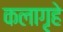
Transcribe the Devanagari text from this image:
कलागृहे